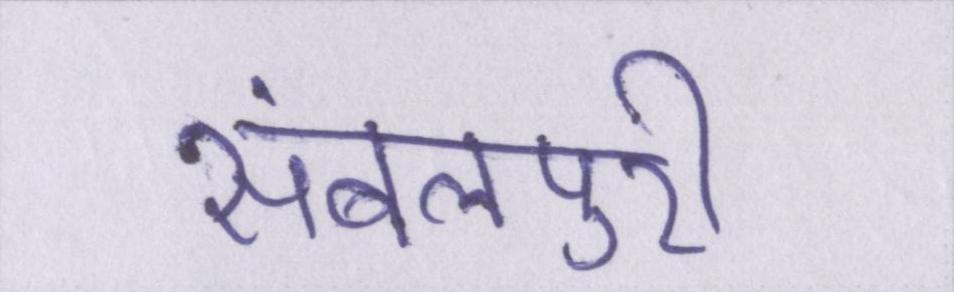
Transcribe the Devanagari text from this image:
संबलपुरी